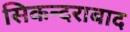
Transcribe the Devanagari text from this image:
सिकन्‍दराबाद